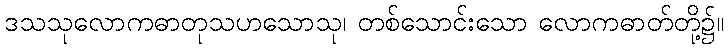
ဒသသုလောကဓာတုသဟသောသု၊ တစ်သောင်းသော လောကဓာတ်တို့၌။